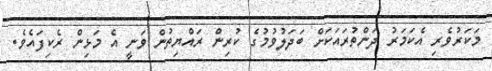
މަކަރުވެރި އެކަމަރު ދަންތުރައަކަށް ބަދަލުވުމުގެ ކުރިން ރައްޔިތުން ވަނީ އެ މަޅިން ރެކިފައެވެ.